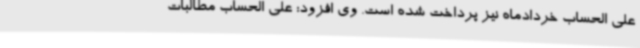
علی الحساب خردادماه نیز پرداخت شده است. وی افزود: علی الحساب مطالبات